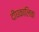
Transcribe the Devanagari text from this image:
दीघकालिक